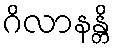
ဂိလာနန္တိ